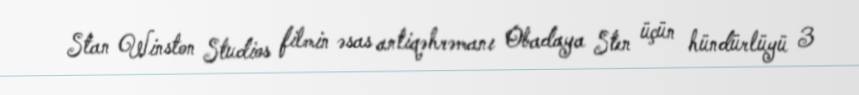
Stan Winston Studios filmin əsas antiqəhrəmanı Obadaya Sten üçün hündürlüyü 3